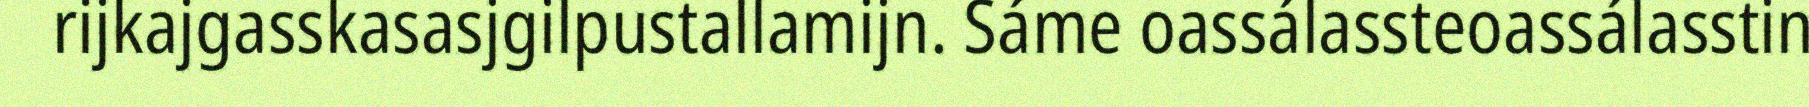
rijkajgasskasasjgilpustallamijn. Sáme oassálassteoassálasstin